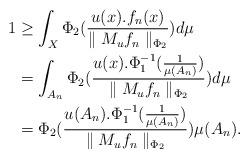
LaTeX: \begin{align*}1&\geq\int_X\Phi_2(\frac{u(x). f_n(x)}{\parallel M_uf_n\parallel_{\Phi_2}})d\mu\\&=\int_{A_n}\Phi_2(\frac{u(x).\Phi_1^{-1}(\frac{1}{\mu(A_n)})}{\parallel M_uf_n\parallel_{\Phi_2}})d\mu\\&=\Phi_2(\frac{u(A_n).\Phi_1^{-1}(\frac{1}{\mu(A_n)})}{\parallel M_uf_n\parallel_{\Phi_2}})\mu(A_n).\end{align*}